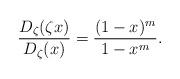
LaTeX: \begin{align*} \frac{D_\zeta (\zeta x)}{D_\zeta (x)} = \frac{(1-x)^m}{1-x^m}. \end{align*}